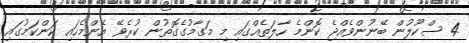
4 ސްކޫލުން ބޭނުންވެއްޖެ ކޮންމެ ހާލަތެއްގައި މި މަގާމުގެގޮތުން ކުރެވޭ އެންމެހައި ކަންކަމުގައި